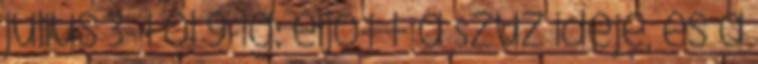
július 3-tól 9-ig: eljött a Szűz ideje, és a